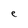
Character: e